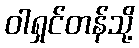
ဝါရှင်တန်သို့